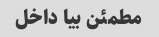
مطمئن بیا داخل